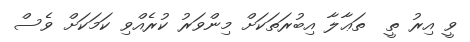
ވީ އިރު ތީ  ތަޢާލާ އިބުރަތަކަށް މިންވަރު ކުރެއްވި ކަމަކަށް ވެސް